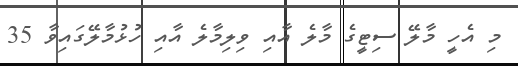
މި އެހީ މާލޭ ސިޓީގެ މާލެ އާއި ވިލިމާލެ އާއި ހުޅުމާލޭގައިވާ 35